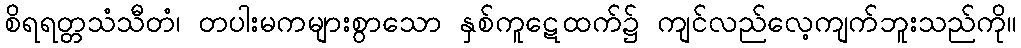
စိရရတ္တသံသီတံ၊ တပါးမကများစွာသော နှစ်ကူဋေထက်၌ ကျင်လည်လေ့ကျက်ဘူးသည်ကို။